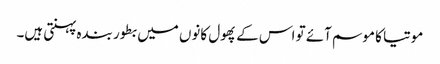
موتیا کا موسم آئے تو اس کے پھول کانوں میں بطور بندہ پہنتی ہیں۔